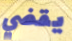
يقضي